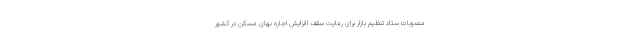
مصوبات ستاد تنظیم بازار برای رعایت سقف افزایش اجاره بهای مسکن در کشور